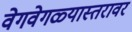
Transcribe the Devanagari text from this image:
वेगवेगळ्यास्तरावर